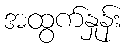
အထွက်နှုန်း